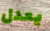
يعدل